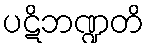
ပဋိဘဏ္ဍတိ